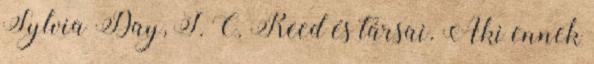
Sylvia Day, J. C. Reed és társai. Aki ennek